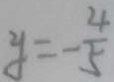
y = - \frac { 4 } { 5 }